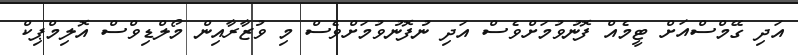
އަދި ގޭމްސްއަށް ޓީމެއް ފޮނުވުމަށްވެސް އަދި ނުފޮނުވުމަށްވެސް މި ވުޒާރާއިން މޯލްޑިވްސް އޮލިމްޕިކް